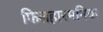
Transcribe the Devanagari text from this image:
फिलहारमनिक